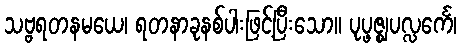
သဗ္ဗရတနမယေ၊ ရတနာခုနစ်ပါးဖြင့်ပြီးသော။ ပုပ္ဖဇ္ဈပလ္လင်္ကေ၊